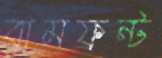
বামফ্রন্ট